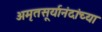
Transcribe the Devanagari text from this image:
अमृतसूर्यानंदांच्या